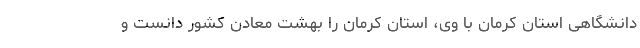
دانشگاهی استان کرمان با وی، استان کرمان را بهشت معادن کشور دانست و